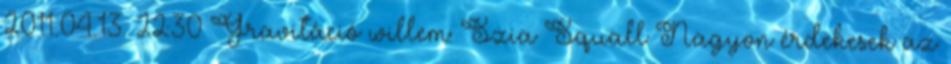
2011.04.13. 22:30 Gravitáció willem: Szia Squall Nagyon érdekesek az